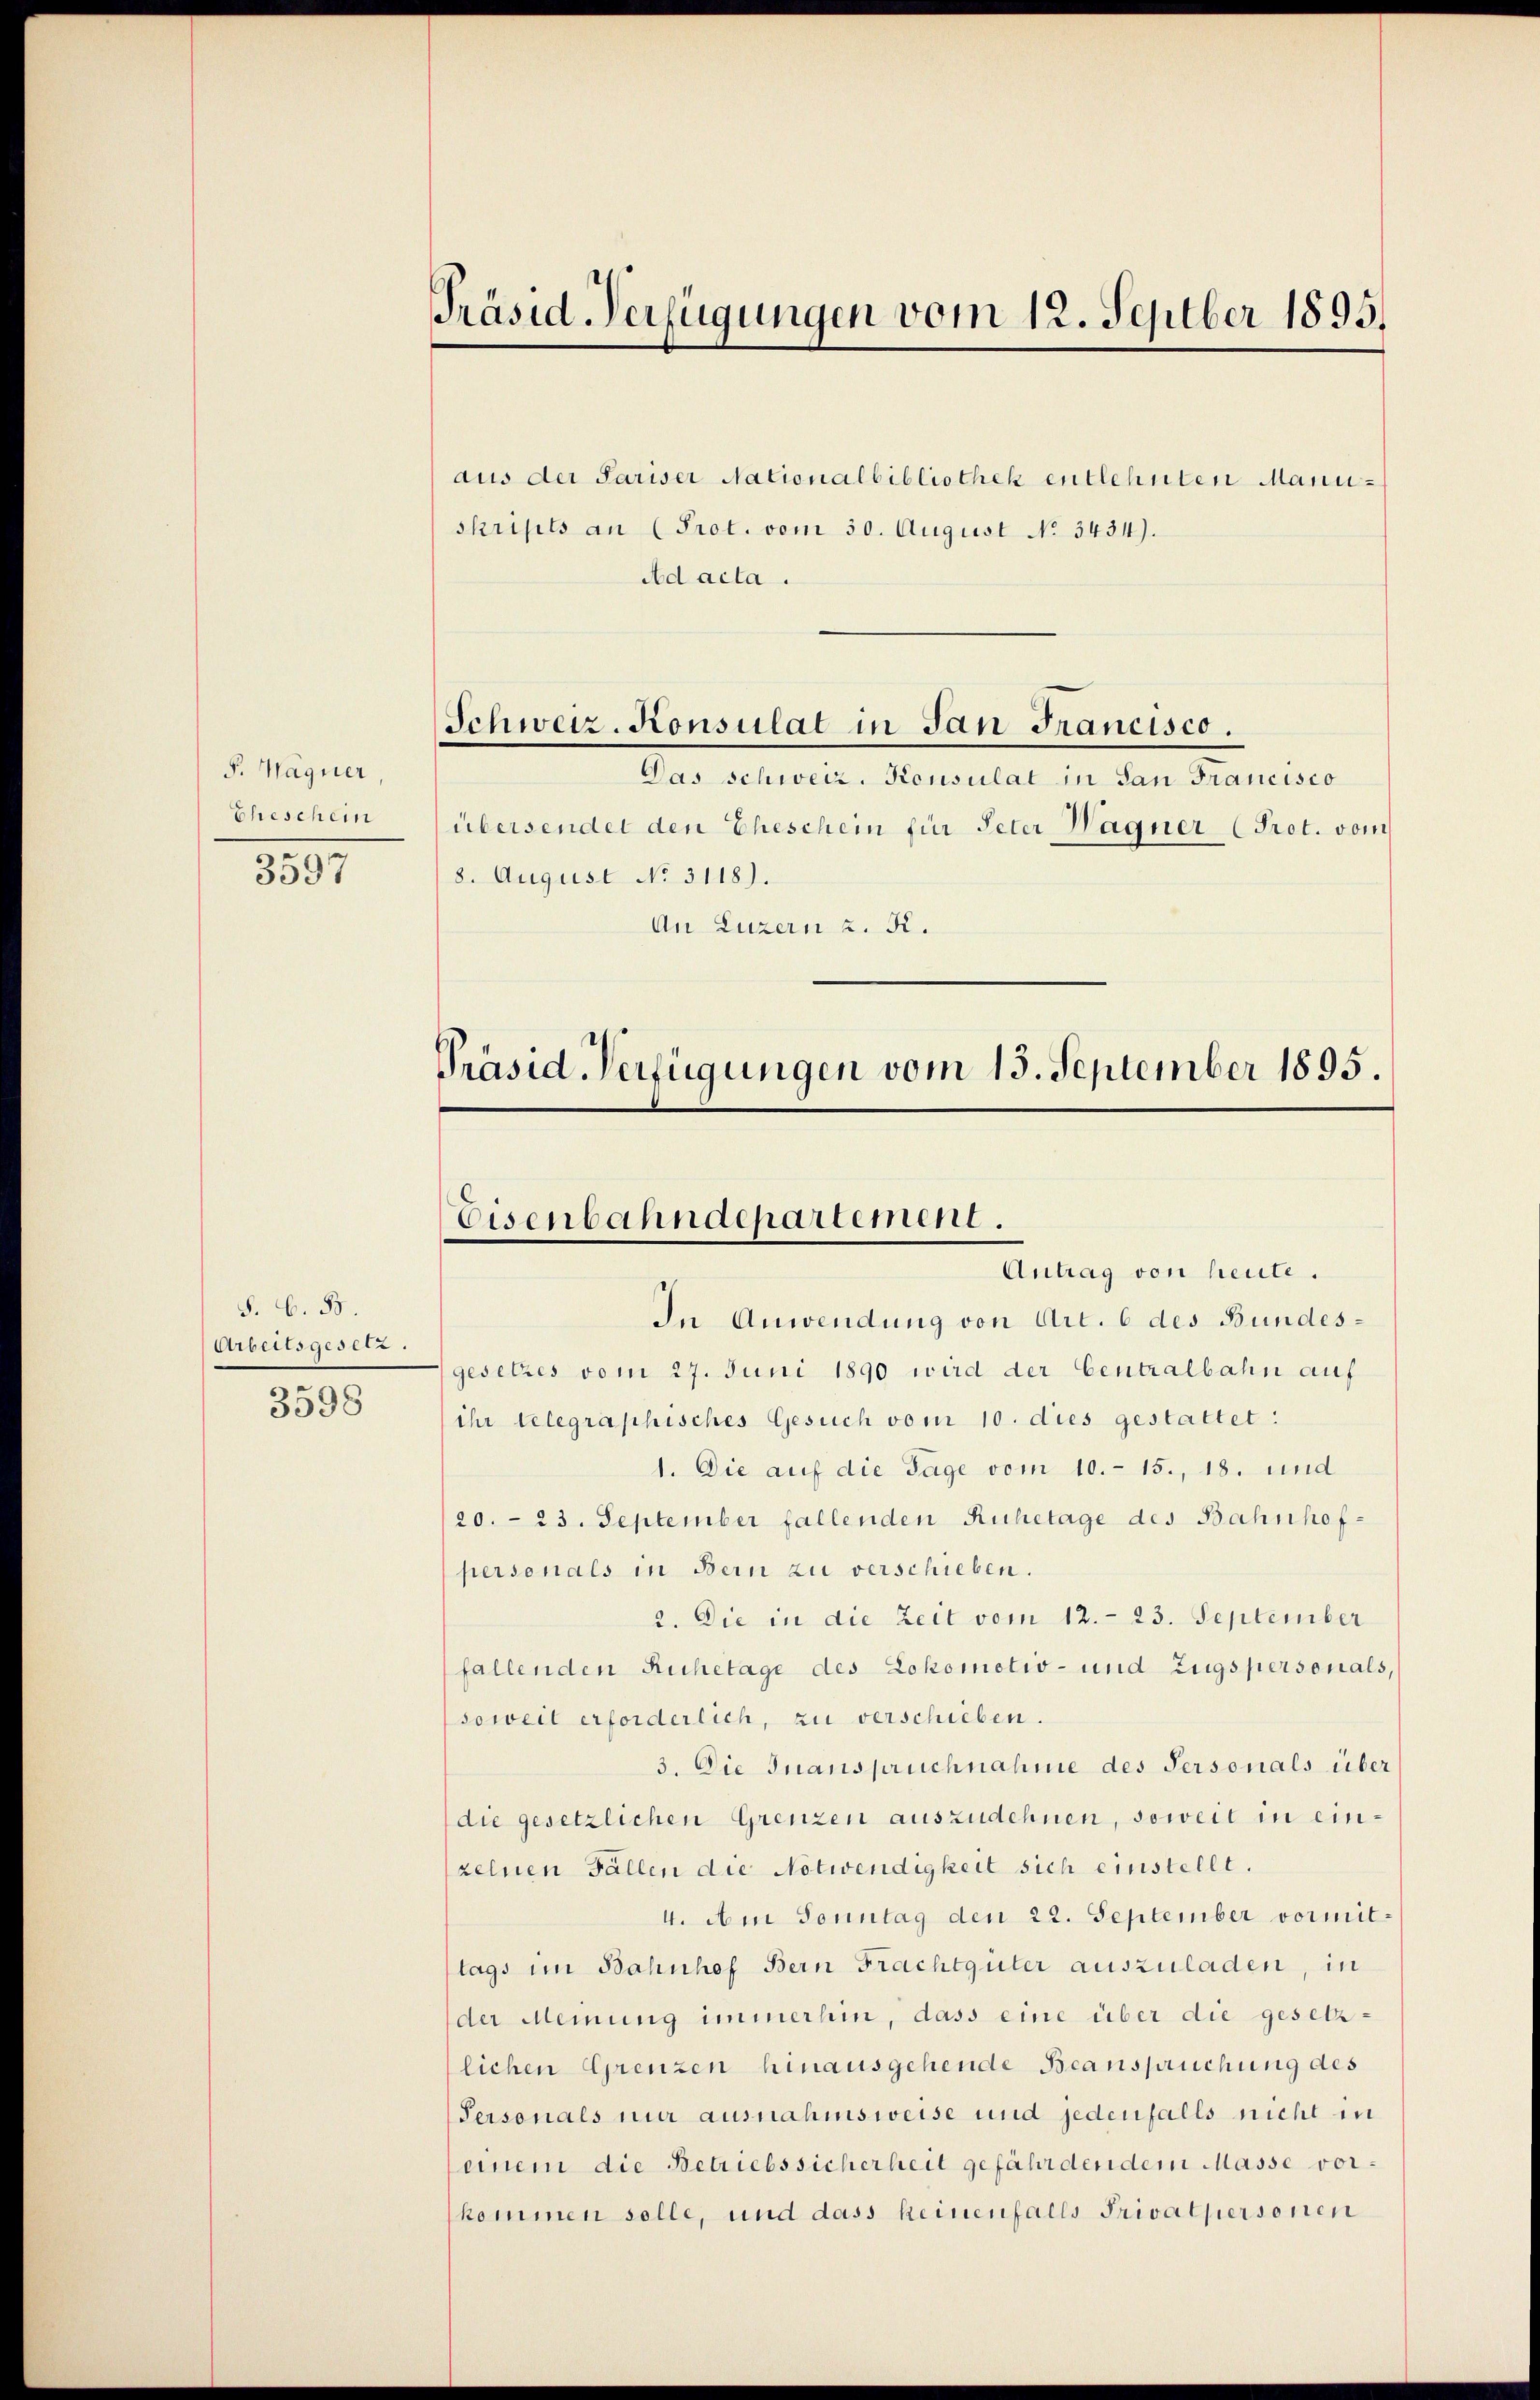
P. Wagner
Eheschein

3597

S. G. B.
Arbeitsgesetz.

3598

Präsid. Verfügungen vom 12. Septber 1895.

aus der Pariser Nationalbibliothek entlehnten Manuskripts an (Prot. vom 30. August No. 3434).
Ad acta.

Das schweiz. Konsulat in San Francisco
übersendet den Eheschein für Peter Wagner (Prot. vom
8. August No. 3118).
An Luzern z. R.

Schweiz. Konsulat in San Francisco.

Präsid. Verfügungen vom 15. September 1895.

Eisenbahndepartement.
Antrag von heute.

In Anwendung von Art. 6 des Bundesgesetzes vom 27. Juni 1890 wird der Centralbahn auf
ihr telegraphisches Gesuch vom 10. dies gestattet:
1. Die auf die Tage vom 10.- 15., 18. und
20.- 23. September fallenden Ruhetage des Bahnhof-
personals in Bern zu verschieben.
2. Die in die Zeit vom 12. 23. September
fallenden Ruhetage des Lokomotiv- und Zugspersonals,
soweit erforderlich, zu verschieben.
3. Die Inanspruchnahme des Personals über
die gesetzlichen Grenzen auszudehnen, soweit in einzelnen Fällen die Notwendigkeit sich einstellt.
4. Am Sonntag den 22. September vormit
lags im Bahnhof Bern Frachtgüter auszuladen, in
der Meinung immerhin, dass eine über die gesetzlichen Grenzen hinausgehende Beanspruchung des
Personals nur ausnahmsweise und jedenfalls nicht in
einem die Betriebssicherheit gefährdendem Masse vorkommen solle, und dass keinenfalls Privatpersonen